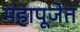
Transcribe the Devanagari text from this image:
महापूजेत